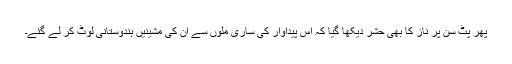
پھر پٹ سن پر ناز کا بھی حشر دیکھا گیا کہ اس پیداوار کی ساری ملوں سے ان کی مشینیں ہندوستانی لوٹ کر لے گئے۔